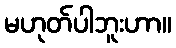
မဟုတ်ပါဘူးဟာ။